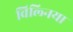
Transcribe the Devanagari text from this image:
विल्निया